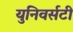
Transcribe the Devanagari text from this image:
युनिवर्सटी